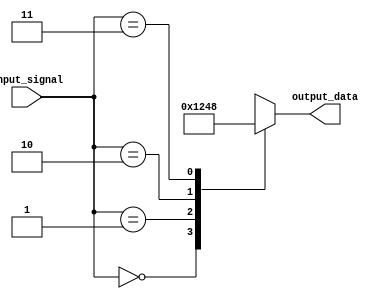
module full_case_statement (
    input wire [1:0] input_signal,
    output reg [3:0] output_data
);

always @*
begin
    case (input_signal)
        2'b00: output_data = 4'b0001; // If input_signal is '00', set output_data to '0001'
        2'b01: output_data = 4'b0010; // If input_signal is '01', set output_data to '0010'
        2'b10: output_data = 4'b0100; // If input_signal is '10', set output_data to '0100'
        2'b11: output_data = 4'b1000; // If input_signal is '11', set output_data to '1000'
        default: output_data = 4'b0000; // Default case if none of the above conditions match
    endcase
end

endmodule